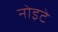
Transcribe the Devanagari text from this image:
नोइटे